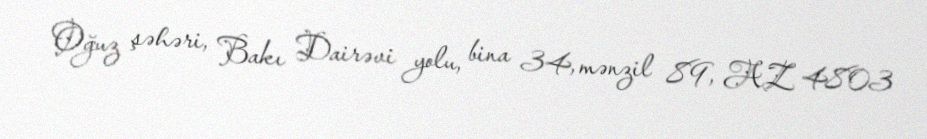
Oğuz şəhəri, Bakı Dairəvi yolu, bina 34, mənzil 89, AZ 4803